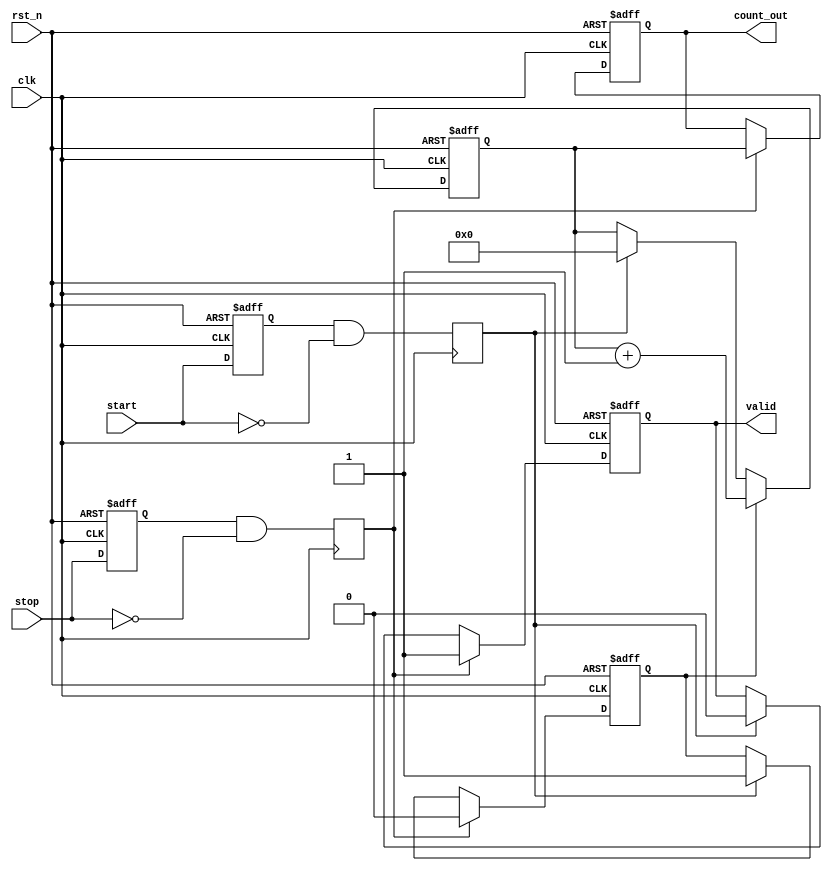
module TDC(
    input wire clk,              // High-frequency clock
    input wire rst_n,            // Active low reset
    input wire start,            // Start signal
    input wire stop,             // Stop signal
    output reg [31:0] count_out, // Output count value
    output reg valid             // Valid output flag
);

    // State definitions
    reg counting;                // Counter state flag
    reg [31:0] counter;          // 32-bit counter

    // Edge detection for Start and Stop signals
    reg start_reg, stop_reg;
    reg start_edge, stop_edge;

    always @(posedge clk or negedge rst_n) begin
        if (!rst_n) begin
            start_reg <= 0;
            stop_reg <= 0;
        end else begin
            start_reg <= start;
            stop_reg <= stop;
        end
    end

    // Detect rising edges
    always @(posedge clk) begin
        start_edge <= start_reg && !start; // Rising edge of start
        stop_edge  <= stop_reg && !stop;   // Rising edge of stop
    end

    // Counter logic
    always @(posedge clk or negedge rst_n) begin
        if (!rst_n) begin
            counter <= 32'b0;
            counting <= 1'b0;
            count_out <= 32'b0;
            valid <= 1'b0;
        end else begin
            if (start_edge) begin
                counting <= 1'b1; // Start counting
                counter <= 32'b0; // Reset counter
                valid <= 1'b0;    // Invalidate output
            end
            
            if (counting) begin
                counter <= counter + 1; // Increment counter
            end
            
            if (stop_edge) begin
                counting <= 1'b0; // Stop counting
                count_out <= counter; // Latch counter value
                valid <= 1'b1;    // Mark output as valid
            end
        end
    end
endmodule